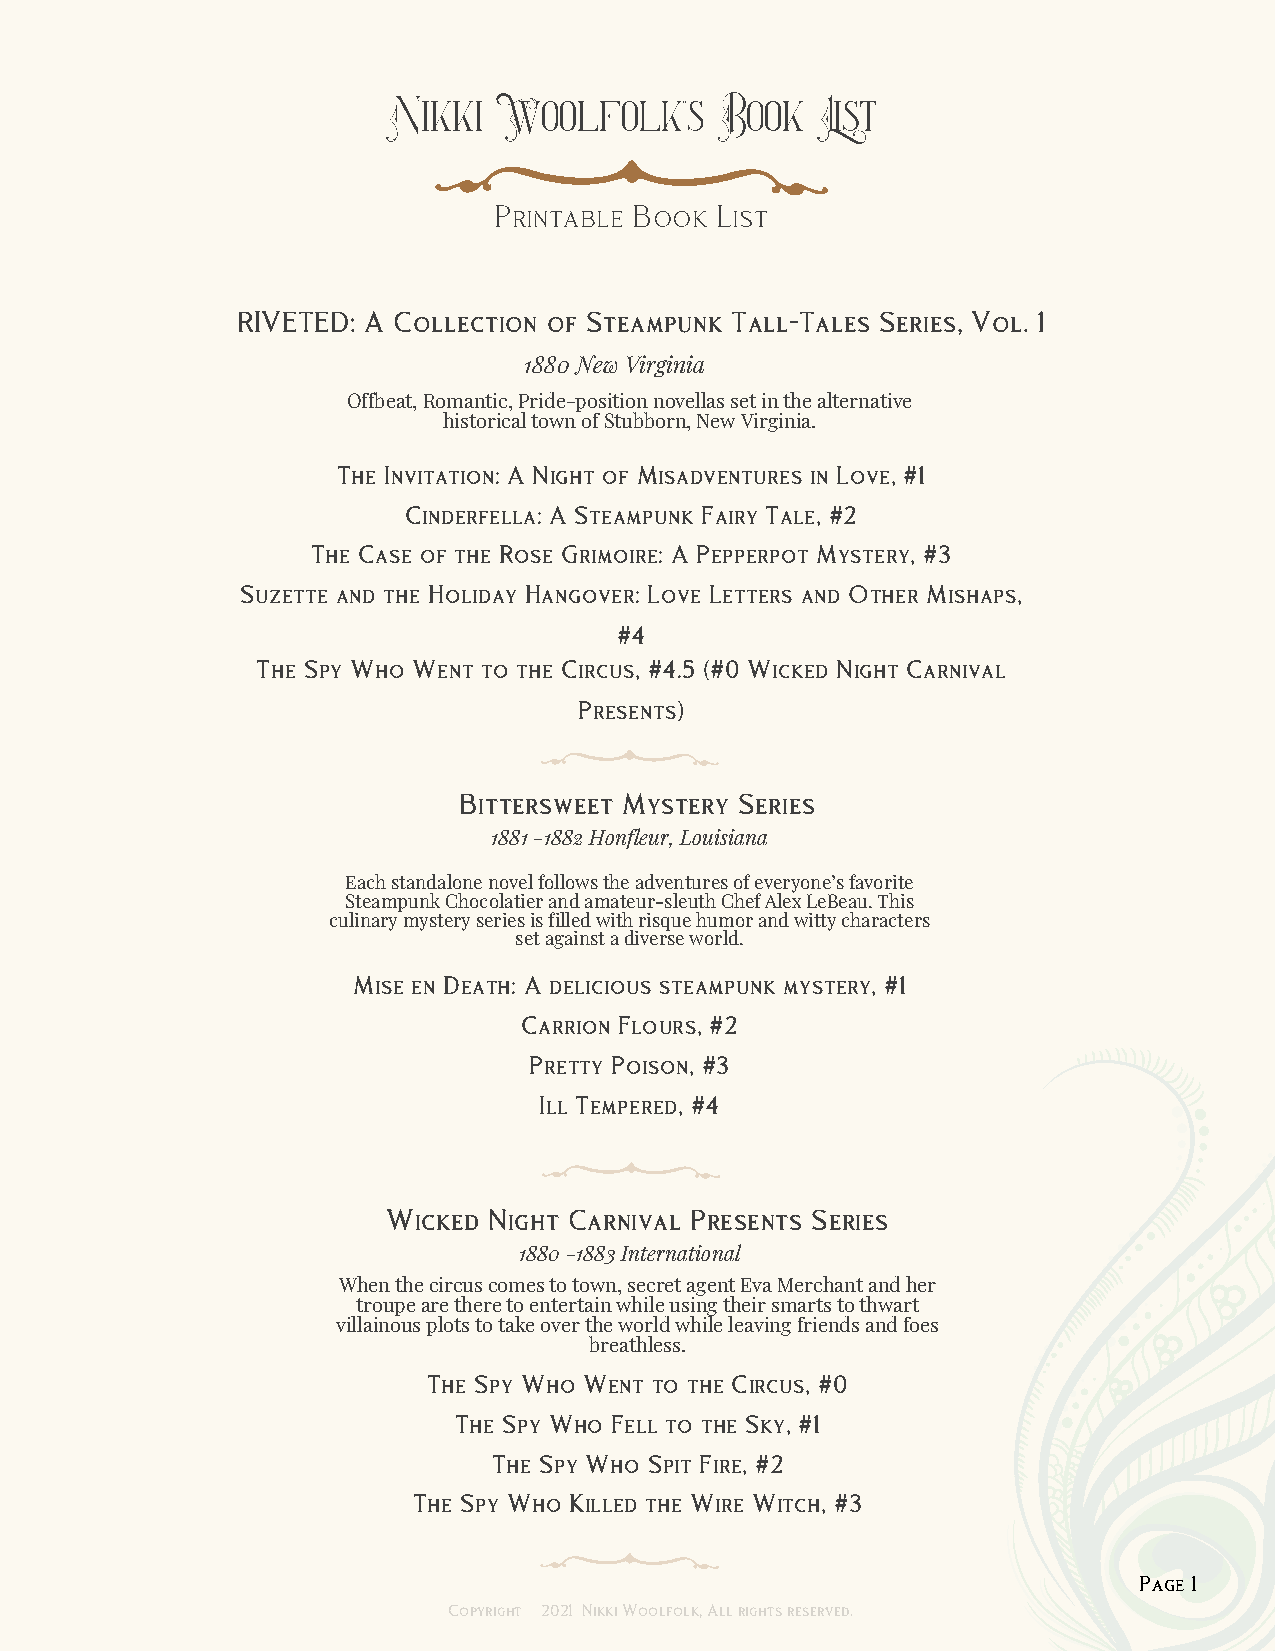
Nikki   Woolfolk''s   Book   List
 Printable Book List
 RIVETED: A Collection of Steampunk Tall-Tales Series, Vol. 1
 1880 New Virginia
 Offbeat, Romantic, Pride-position novellas set in the alternative
 historical town of Stubborn, New Virginia.
 The Invitation: A Night of Misadventures in Love, #1
 Cinderfella: A Steampunk Fairy Tale, #2
 The Case of the Rose Grimoire: A Pepperpot Mystery, #3
 Suzette and the Holiday Hangover: Love Letters and Other Mishaps,
 #4
 The Spy Who Went to the Circus, #4.5 (#0 Wicked Night Carnival
 Presents)
 Bittersweet Mystery Series
 1881 -1882 Honfleur, Louisiana
 Each standalone novel follows the adventures of everyone’s favorite
 Steampunk Chocolatier and amateur-sleuth Chef Alex LeBeau. This
 culinary mystery series is filled with risque humor and witty characters
 set against a diverse world.
 Mise en Death: A delicious steampunk mystery, #1
 Carrion Flours, #2
 Pretty Poison, #3
 Ill Tempered, #4
 Wicked Night Carnival Presents Series
 1880 -1883 International
 When the circus comes to town, secret agent Eva Merchant and her
 troupe are there to entertain while using their smarts to thwart
 villainous plots to take over the world while leaving friends and foes
 breathless.
 The Spy Who Went to the Circus, #0
 The Spy Who Fell to the Sky, #1
 The Spy Who Spit Fire, #2
 The Spy Who Killed the Wire Witch, #3
 Page 1
 Copyright 2021 Nikki Woolfolk, All rights reserved.